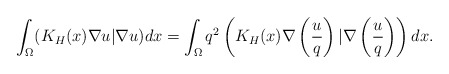
\begin{align*}\int_{\Omega}(K_H(x)\nabla u|\nabla u)dx=\int_{\Omega}q^2\left(K_H(x)\nabla \left( \frac{u}{q}\right) |\nabla \left( \frac{u}{q}\right) \right)dx.\end{align*}